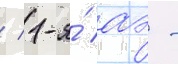
/ 1-я́ аэ -